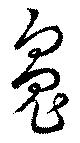
魄